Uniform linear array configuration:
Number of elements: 12
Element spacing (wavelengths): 0.75
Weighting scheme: blackman
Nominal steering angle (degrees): -60
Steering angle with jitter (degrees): -61.745
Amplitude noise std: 0.05
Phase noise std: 0.05

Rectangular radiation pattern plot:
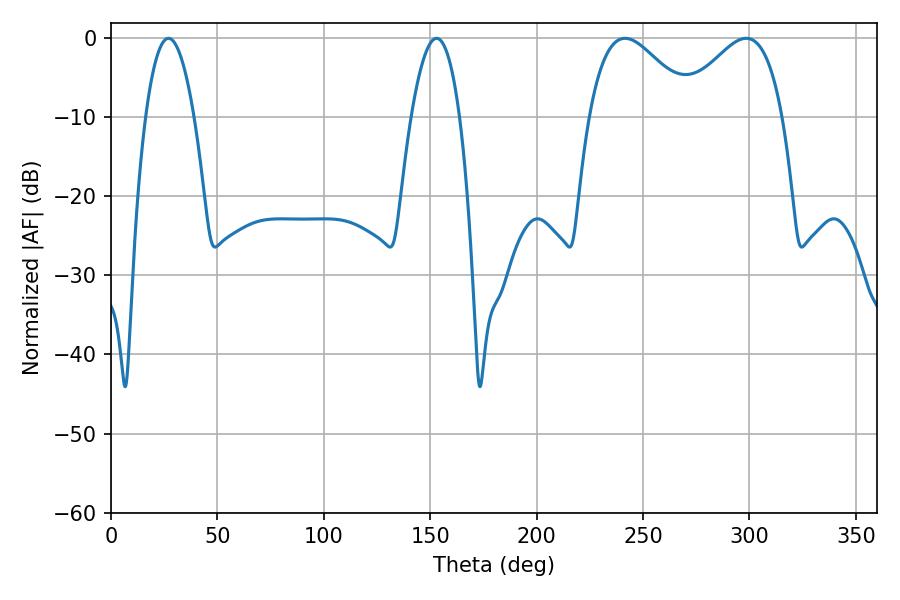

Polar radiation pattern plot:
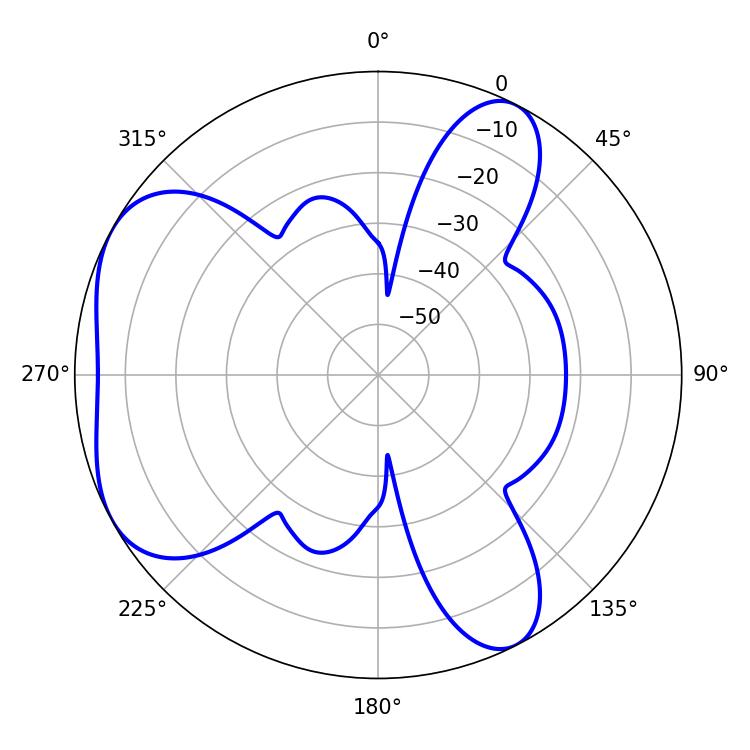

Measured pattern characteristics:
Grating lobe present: TRUE
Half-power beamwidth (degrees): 26.46
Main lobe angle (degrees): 241.56